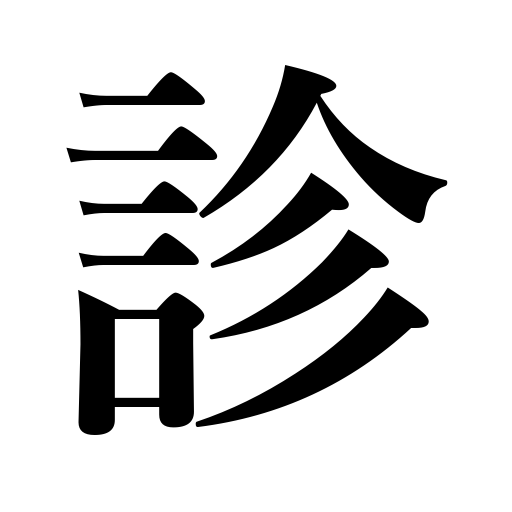
Meanings: seeing,examine,diagnosing,diagnose